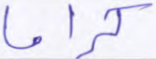
كراما